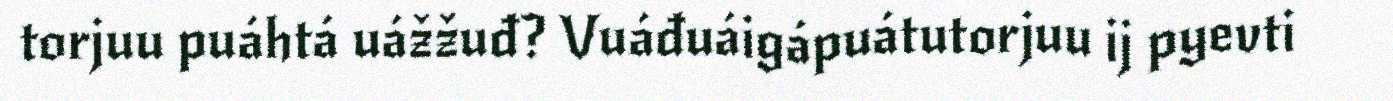
torjuu puáhtá uážžuđ? Vuáđuáigápuátutorjuu ij pyevti